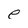
Character: e